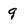
Character: 9